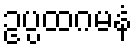
ဥပ္ပထဂမနံ